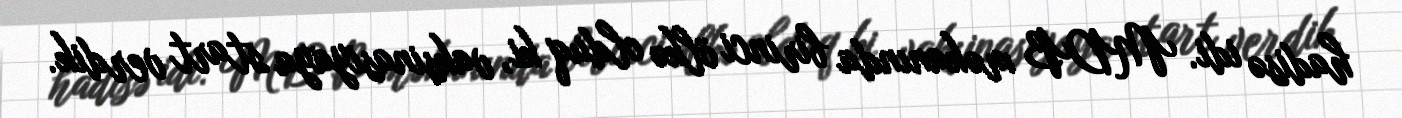
hadisə idi. MDB məkanında birinci ölkə olduq ki, vaksinasiyaya start verdik.